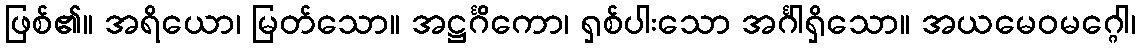
ဖြစ်၏။ အရိယော၊ မြတ်သော။ အဋ္ဌင်္ဂိကော၊ ရှစ်ပါးသော အင်္ဂါရှိသော။ အယမေဝမဂ္ဂေါ၊